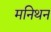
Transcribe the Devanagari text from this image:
मनिथन